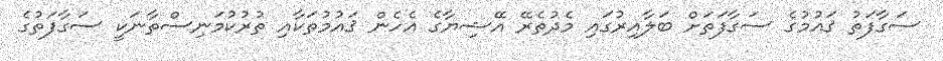
ސަގާފަތު ޤައުމުގެ ސަގާފަތަށް ބަލާއިރުގައި މެދުތެރޭ އޭޝިޔާގެ އެހެން ޤައުމުތަކާއި ތުރުކުމަނިސްތާނަކީ ސަގާފަތުގެ